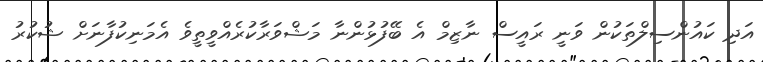
އަދި ކައުންސިލްތަކުން ވަނީ ރައީސް ނާޒިމް އެ ބޭފުޅުންނާ މަޝްވަރާކުރެއްވީތީވެ އެމަނިކުފާނަށް ޝުކުރު